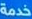
خدمة